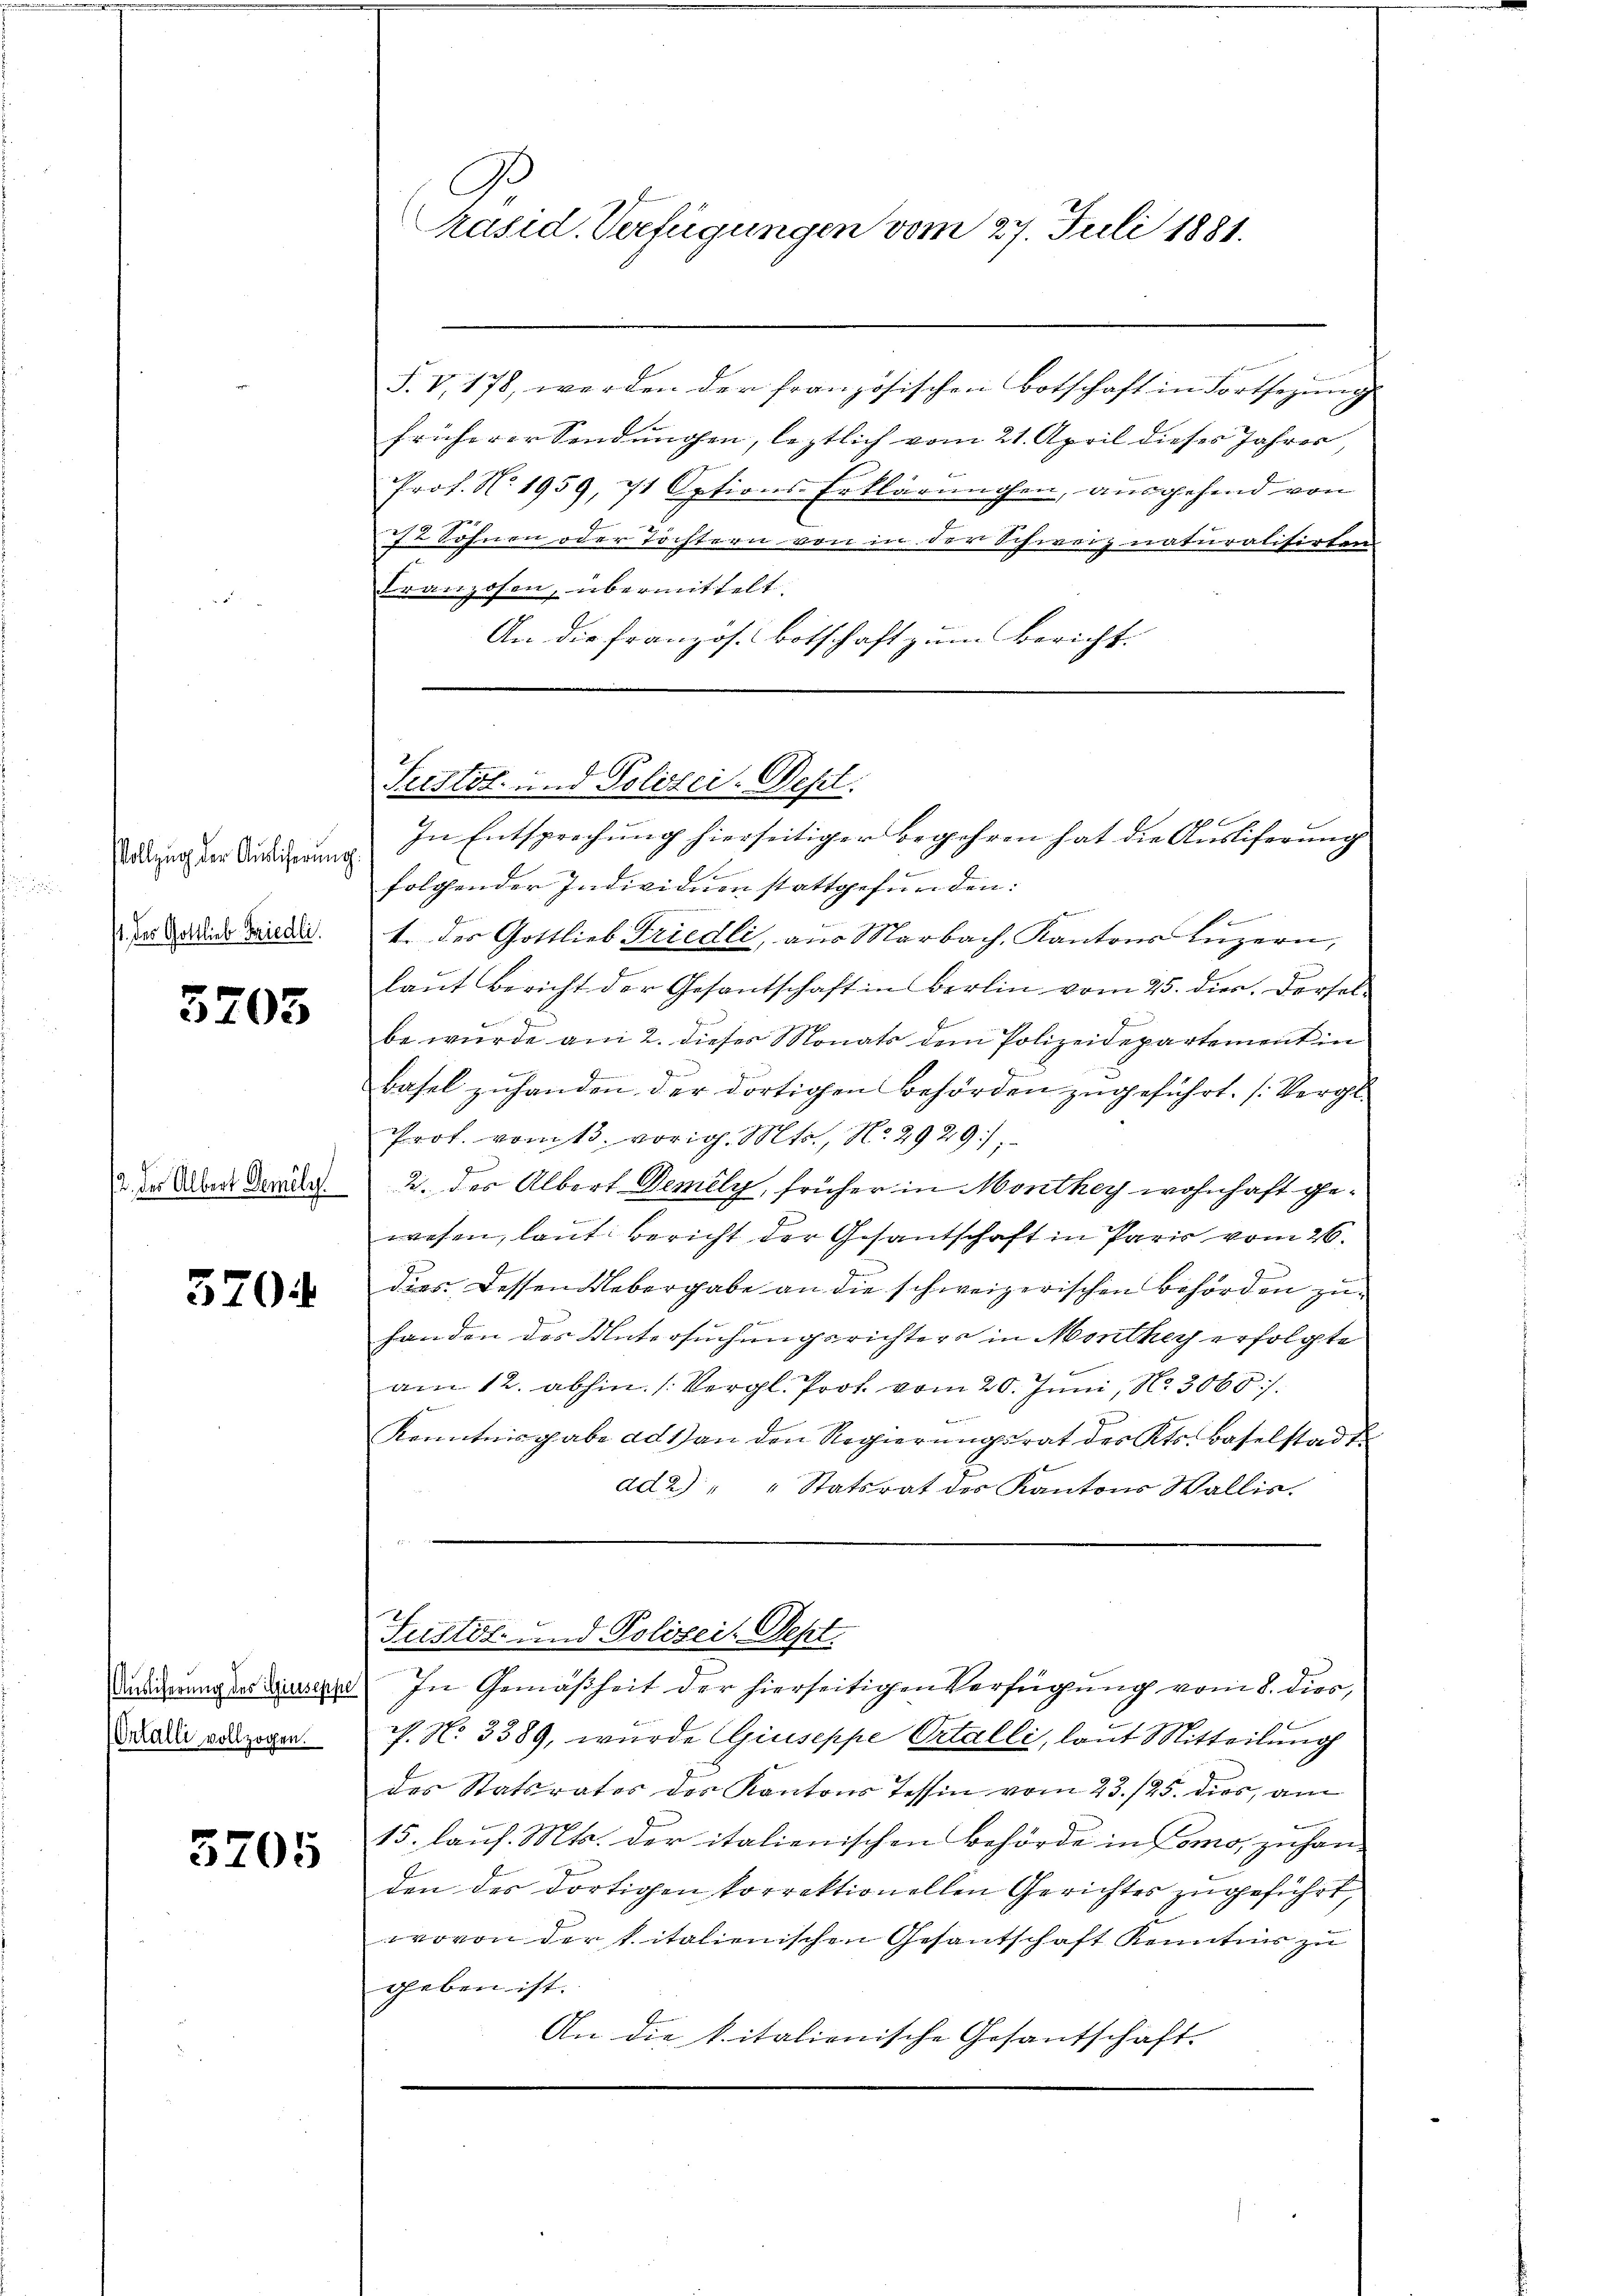
Vollzug der Auslicherung.
/. des Gottlieb Friedli

3705

2. des Albert Demily.

3704

Auslieferung des Algiuseppe
Ortalli vollzogen.

3705

C
kasid. Verfügungen vom 27. Juli 1881.

F. V. 178, werden der französischen Botschaft in Fortsezung
früherer Sendungen, leztlich vom 21. April dieses Jahres,
Prof. No. 1959, 71 Options Erklärungen, ausgehend von
72 Söhnen oder Töchtern von in der Schweiz naturalisirten
Franzosen, übermittelt.
An die französ. Botschaft zum Bericht.

In Entsprechung hierseitiger Begehren hat die Ausliferung
folgender Individuen stattgefunden:

.
1. des Gottlieb Friedli, aus Marbach, Kantons Luzern,
laut Bericht der Gesantschaft in Berlin vom 25. dies, derselbe wurde am 2. dieses Monats dem Polizeidepartement in
Basel zuhanden der dortigen Behörden zugeführt. (Vergl
Prof. vom 13. vorig. Mts., No. 2929./
2. des Albert Demely, früher in Monthey wohnhaft gee
wesen, laut Bericht der Gesantschaft in Paris vom 26.
dies dessen Uebergabe an die schweizerischen Behörden zu¬
1
handen des Untersuchungsrichters in Monthey erfolgte
am 12. abhin. (Vergl. Prof. vom 20. Juni, N. 3060/
Kenntnisgabe ad 1) an den Regierŭngsrat des Kts. Baselstadt
ad2) " " Statsrat des Kantons Wallis.
Fustöt- und Polizei. Sept.
In Gemäßheit der hierseitigen Verfügung vom 8. dies,
. N. 3389, wurde Giuseppe Ortalli, laut Mitteilung
des Statsrates des Kantons Tessin vom 23./25. dies, am
15. lauf. Mts. der italienischen Behörde in Como, zu handen des dortigen korrektionellen Gerichtes zugeführt,
wovon der k. italienischen Gesantschaft Kenntnis zu
geben ist.
An die kitalienische Gesantschaft.

Puistot und Polizei-Desl: